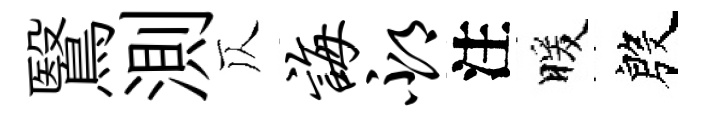
鷖測仄诲邳注暖殷